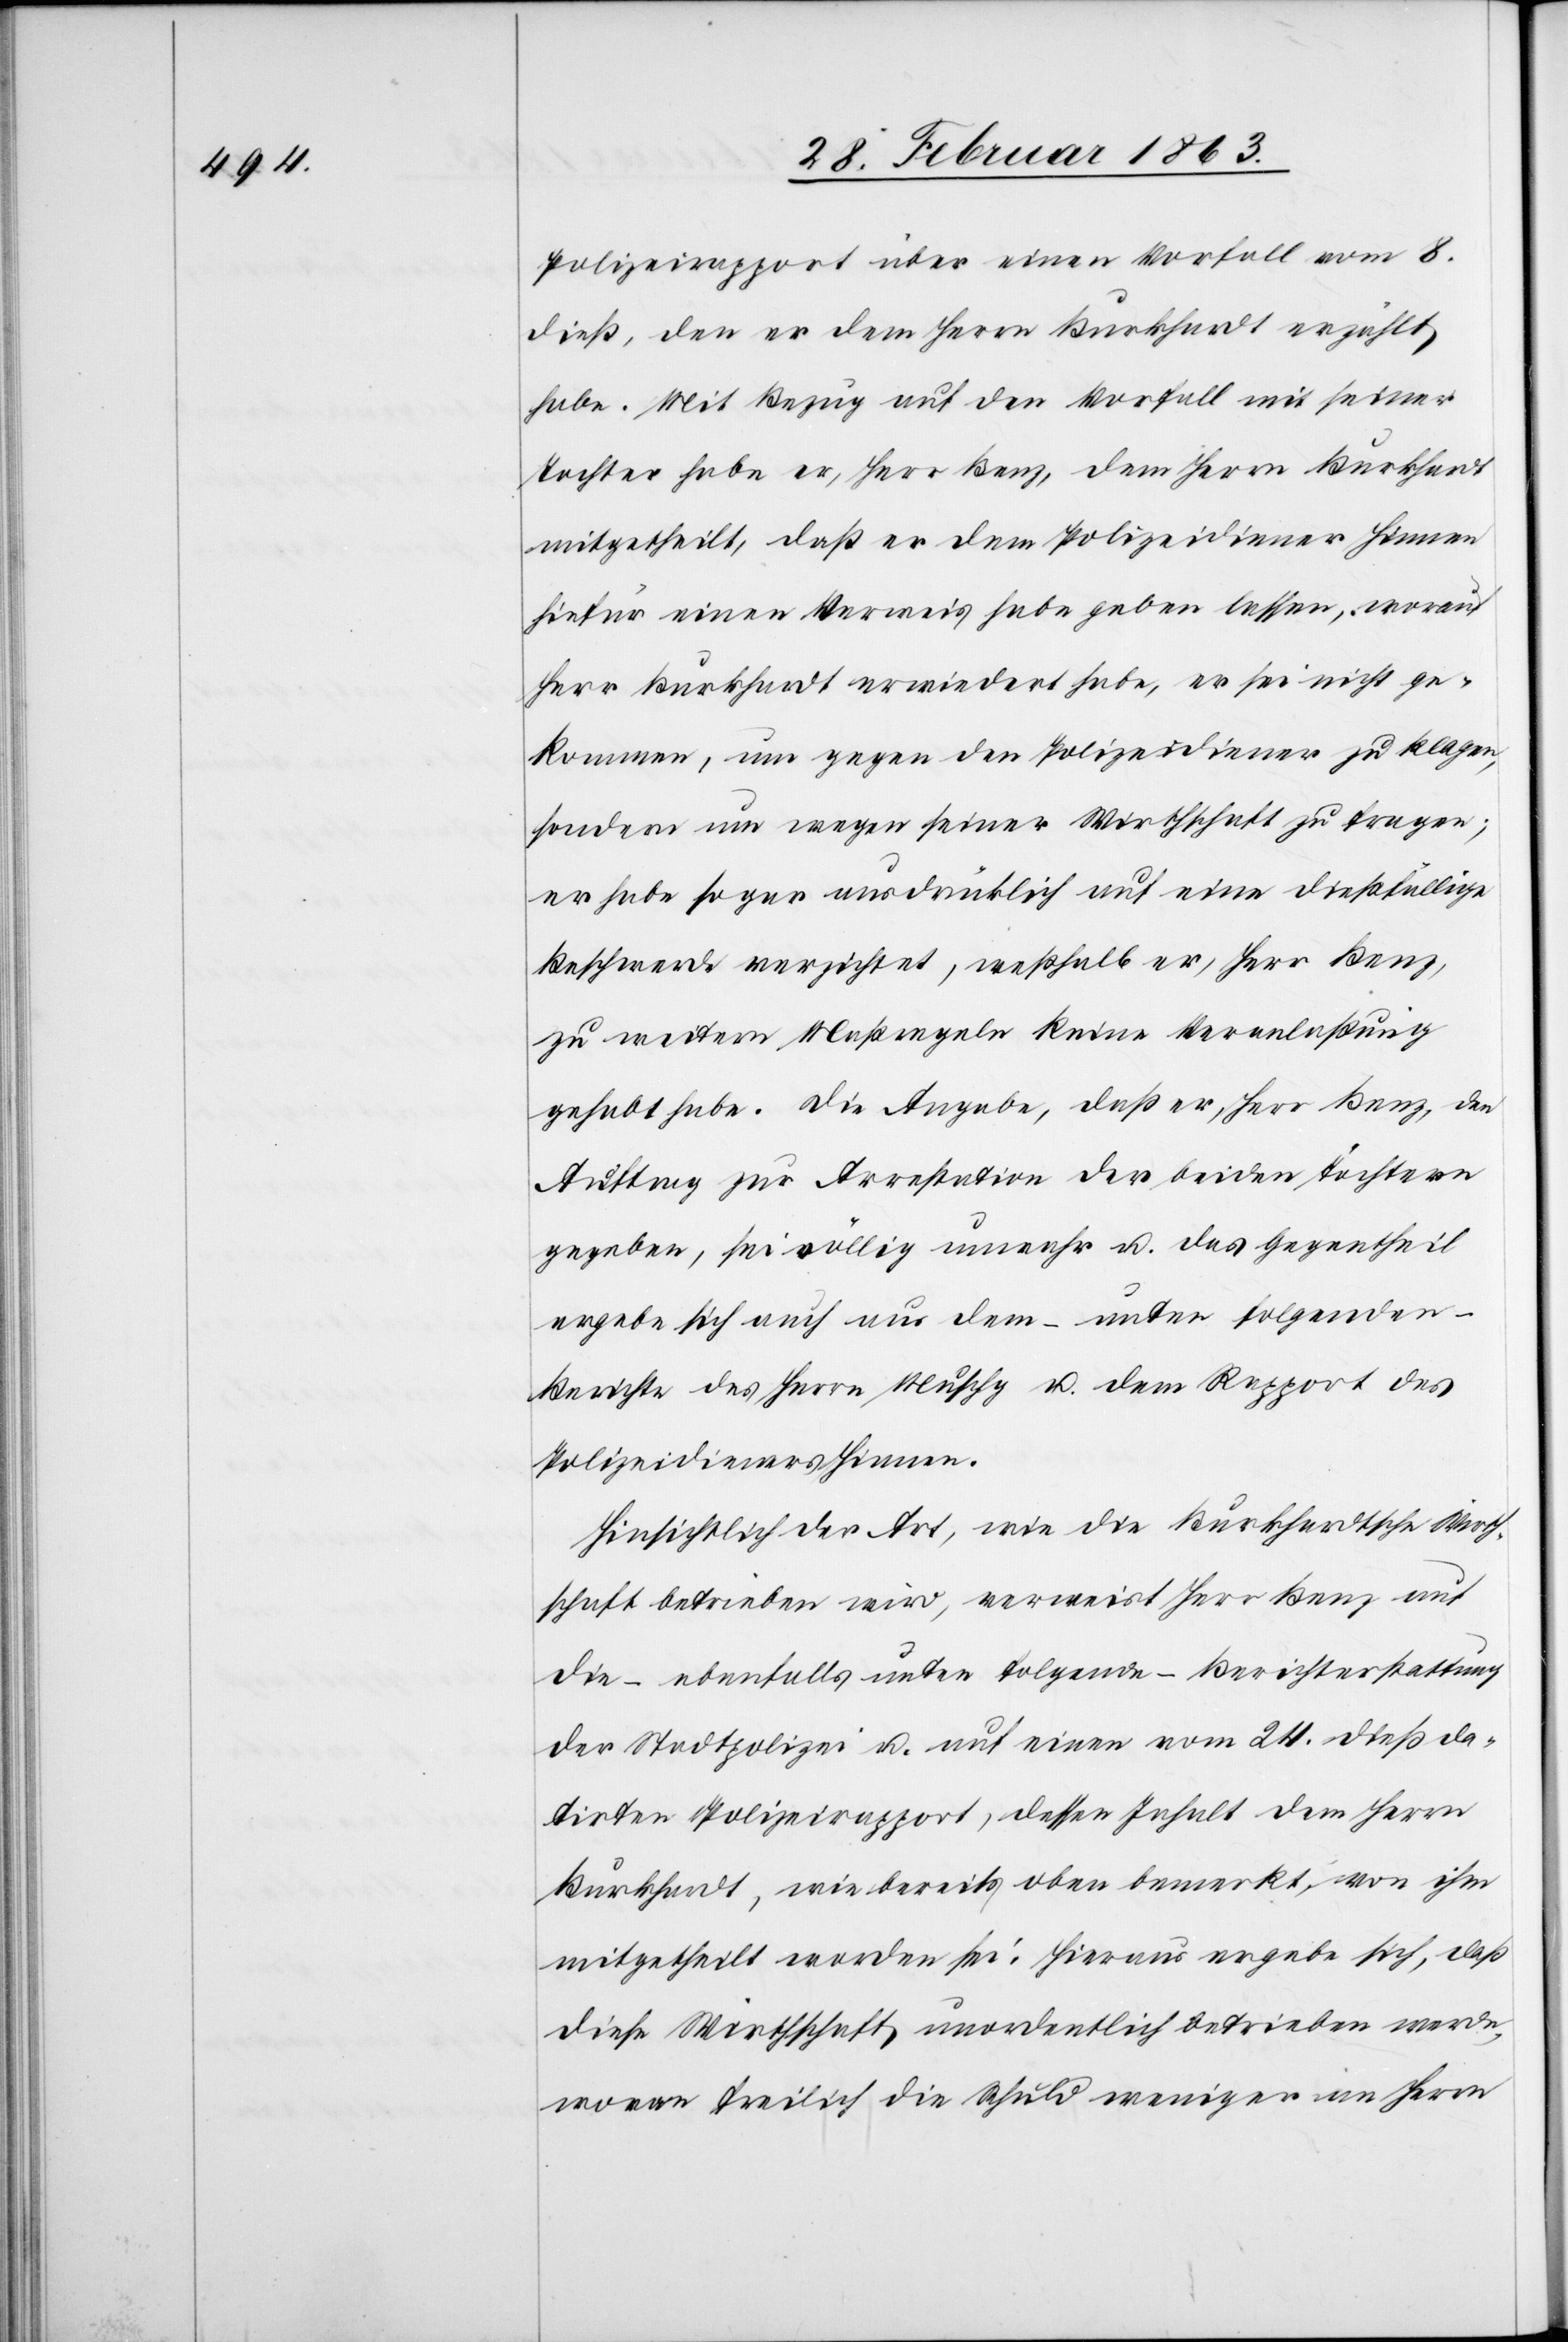
Polizeirapport über einen Vorfall vom 8.
dieß, den er dem Herrn Burkhardt erzählt
habe. Mit Bezug auf den Vorfall mit seiner
Tochter habe er, Herr Benz, dem Herrn Burkhardt
mitgetheilt, daß er dem Polizeidiener Hinnen
hiefür einen Verweis habe geben lassen, worauf
Herr Burkhardt erwiedert habe, er sei nicht ge¬
kommen, um gegen den Polizeidiener zu klagen,
sondern um wegen seiner Wirthschaft zu fragen;
er habe sogar ausdrücklich auf eine dießfällige
Beschwerde verzichtet, weßhalb er, Herr Benz,
zu weitern Maßregeln keine Veranlaßung
gehabt habe. Die Angabe, daß er, Herr Benz den
Auftrag zur Arrestation der beiden Töchtern
gegeben, sei völlig unwahr u. das Gegentheil
ergebe sich auch aus dem – unter folgenden –
Berichte des Herrn Muschg u. dem Rapport des
Polizeidieners Hinnen.
Hinsichtlich der Art, wie die Burkhardtsche Wirth¬
schaft betrieben wird, verweist Herr Benz auf
die – ebenfalls unter folgende – Berichterstattung
der Stadtpolizei u. auf einen vom 24. dieß da¬
tirten Polizeirapport, dessen Inhalt dem Herrn
Burkhardt, wie bereits oben bemerkt, von ihm
mitgetheilt worden sei. Hieraus ergebe sich, daß
diese Wirthschaft unordentlich betrieben werde,
wovon freilich die Schuld weniger an Herrn